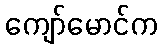
ကျော်မောင်က